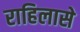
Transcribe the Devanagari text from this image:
राहिलासे